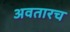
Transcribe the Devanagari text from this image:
अवतारच